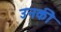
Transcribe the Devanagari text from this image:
उनकीे